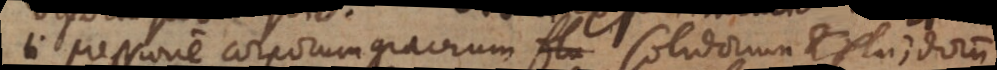
ti pressione corporum gravium flu solidorum et fluidorum.